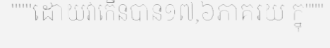
"""ដោយវាកើនបាន១៧,៦ភាគរយ ក្នុ"""